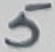
Text: 5